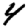
Digit: 4